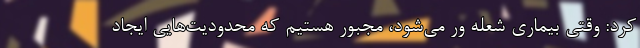
کرد: وقتی بیماری شعله ور می‌شود، مجبور هستیم که محدودیت‌هایی ایجاد